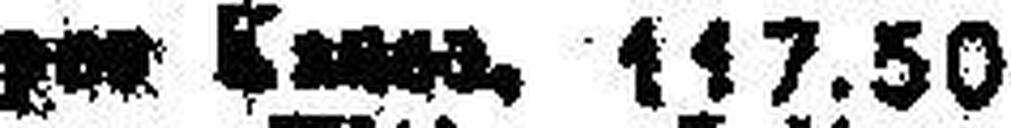
per Kasse. 117.50